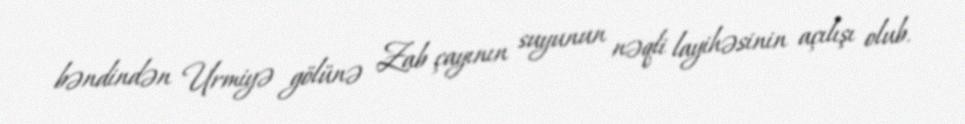
bəndindən Urmiyə gölünə Zab çayının suyunun nəqli layihəsinin açılışı olub.